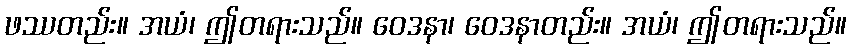
ဖဿတည်း။ အယံ၊ ဤတရားသည်။ ဝေဒနာ၊ ဝေဒနာတည်း။ အယံ၊ ဤတရားသည်။